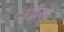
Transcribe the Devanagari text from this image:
उद्गीरचे